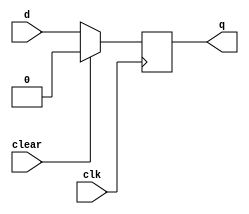
module DFF_clr(
    input d,
    input clk,
    input clear,
    output reg q
    );
    always@(posedge clk)
    begin
        if (clear == 1)
            q=1'b0;
        else
            q=d;   
    end
endmodule